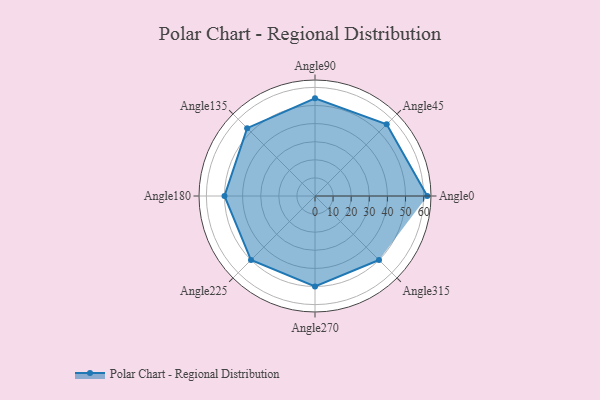
{"axis": {"x": "Angle", "y": "Radius"}, "legend": [""], "data": [{"x": "Angle0", "y": 62.0, "type": ""}, {"x": "Angle45", "y": 56.0, "type": ""}, {"x": "Angle90", "y": 54.0, "type": ""}, {"x": "Angle135", "y": 53.0, "type": ""}, {"x": "Angle180", "y": 50, "type": ""}, {"x": "Angle225", "y": 50, "type": ""}, {"x": "Angle270", "y": 50, "type": ""}, {"x": "Angle315", "y": 50, "type": ""}]}